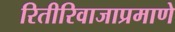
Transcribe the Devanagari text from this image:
रितीरिवाजाप्रमाणे